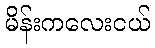
မိန်းကလေးငယ်